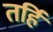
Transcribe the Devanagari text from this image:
तर्हि